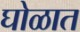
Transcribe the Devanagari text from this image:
घोळात